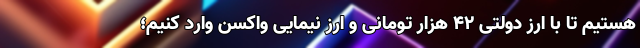
هستیم تا با ارز دولتی ۴۲ هزار تومانی و ارز نیمایی واکسن وارد کنیم؛